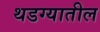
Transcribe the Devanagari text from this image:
थडग्यातील